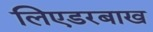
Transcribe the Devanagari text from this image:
लिएडरबाख